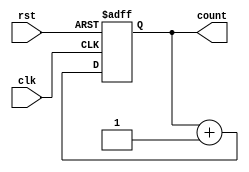
module async_counter #(parameter N = 4) (
    input wire clk,         // Clock input
    input wire rst,         // Asynchronous reset input
    output reg [N-1:0] count // N-bit counter output
);

// Asynchronous reset and counting mechanism
always @(posedge clk or posedge rst) begin
    if (rst) begin
        count <= 0; // Reset the counter to 0
    end else begin
        count <= count + 1; // Increment the counter
    end
end

endmodule